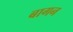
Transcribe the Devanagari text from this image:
बागन